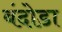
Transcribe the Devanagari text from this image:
बंदोडा